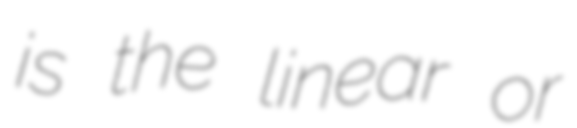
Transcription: is the linear or